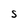
Character: S